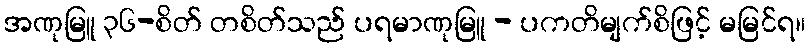
အဏုမြူ ၃၆-စိတ် တစိတ်သည် ပရမာဏုမြူ - ပကတိမျက်စိဖြင့် မမြင်ရ။